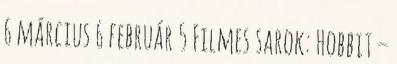
6 március 6 február 5 Filmes sarok: Hobbit –